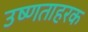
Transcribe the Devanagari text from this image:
उष्णताहरक